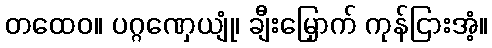
တထေဝ။ ပဂ္ဂဏှေယျုံ၊ ချီးမြှောက် ကုန်ငြားအံ့။